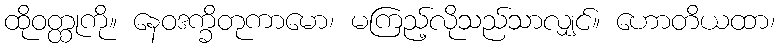
ထိုဝတ္ထုကို။ နေဝဒက္ခိတုကာမော၊ မကြည့်လိုသည်သာလျှင်။ ဟောတိယထာ၊